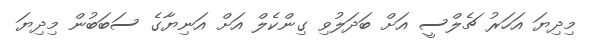
މިދިޔަ އަހަރު ޗެލްސީ އަށް ބަދަލުވި ގިންކެލް އަށް އަނިޔާގެ ސަބަބުން މިދިޔަ